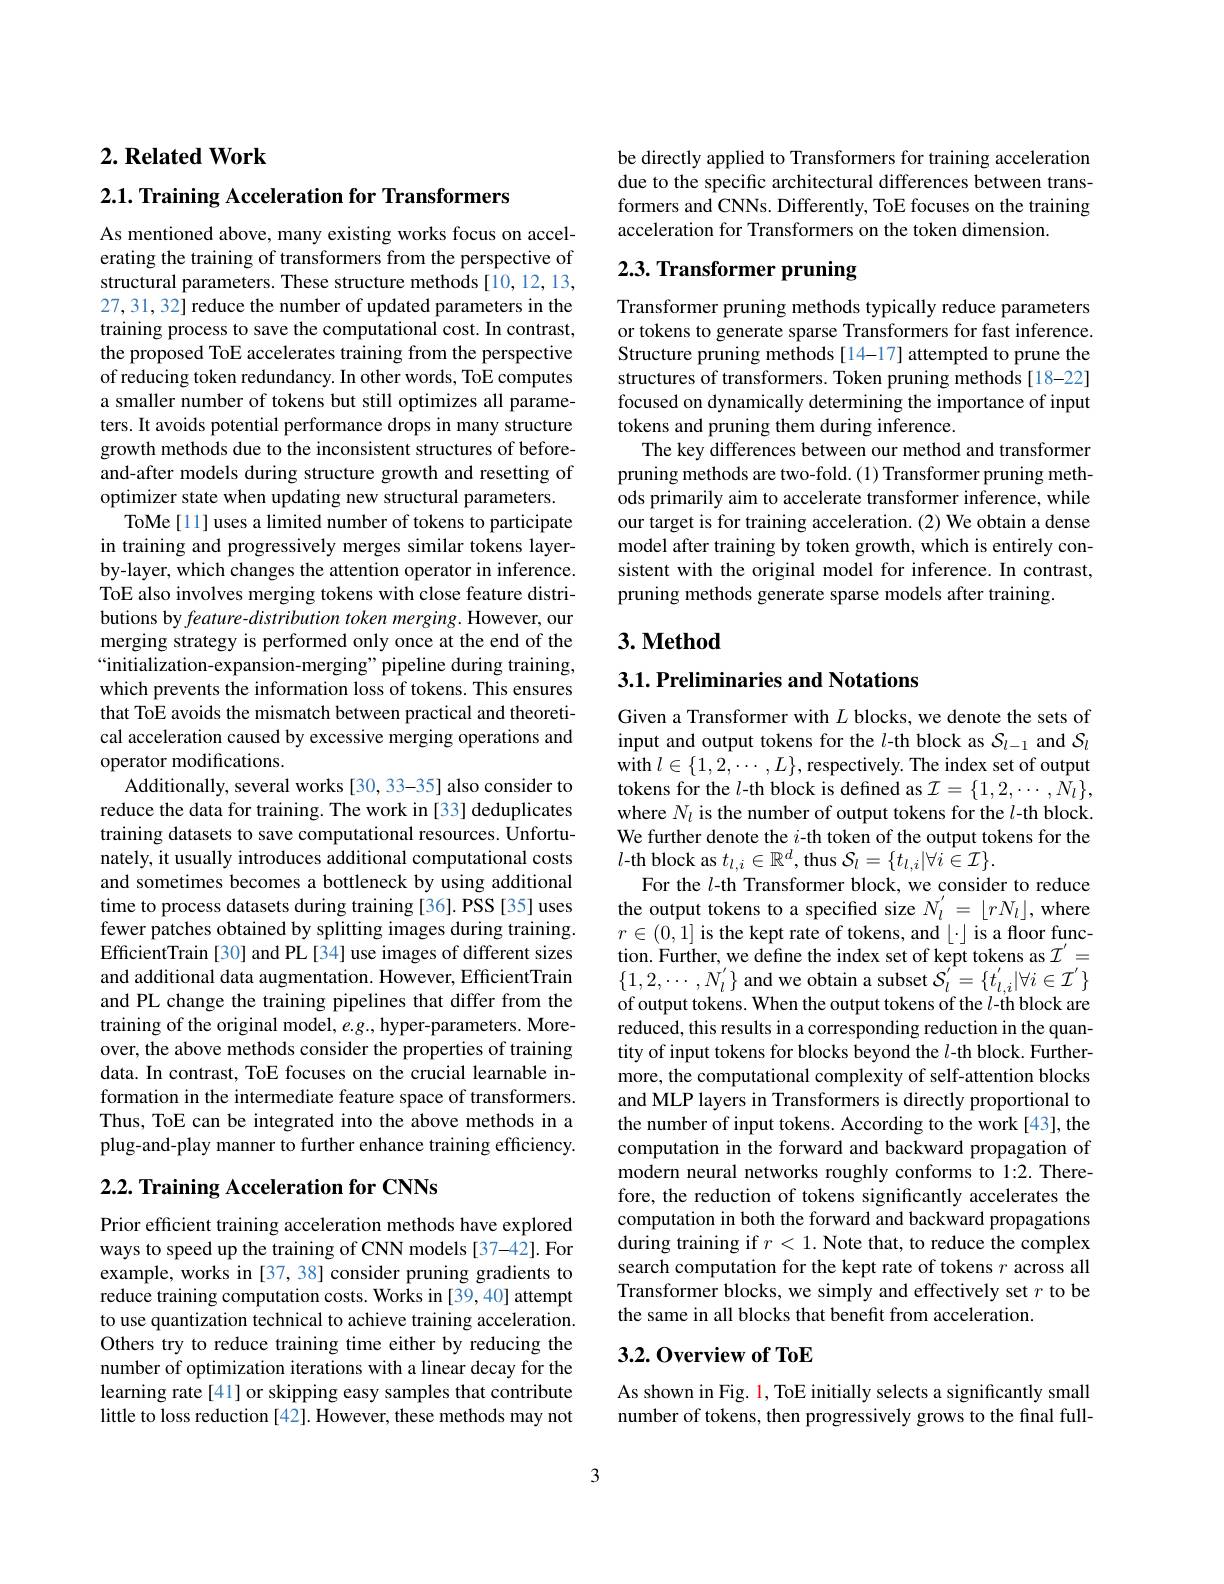
## $2. \textbf{ Related Work}$

$2. 1. \textbf{ Training Acceleration for Transformers}$

As mentioned above, many existing works focus on accelerating the training of transformers from the perspective of structural parameters. These structure methods [10,12,13, 27,31, 32] reduce the number of updated parameters in the training process to save the computational cost. In contrast, the proposed ToE accelerates training from the perspective of reducing token redundancy. In other words, ToE computes a smaller number of tokens but still optimizes all parameters. It avoids potential performance drops in many structure growth methods due to the inconsistent structures of beforeand-after models during structure growth and resetting of optimizer state when updating new structural parameters.
ToMe [11] uses a limited number of tokens to participate in training and progressively merges similar tokens layerby-layer, which changes the attention operator in inference. ToE also involves merging tokens with close feature distributions by feature-distribution token merging. However, our merging strategy is performed only once at the end of the “initialization-expansion-merging” pipeline during training, which prevents the information loss of tokens. This ensures that ToE avoids the mismatch between practical and theoretical acceleration caused by excessive merging operations and operator modifications.
Additionally, several works[30, 33-35] also consider to reduce the data for training. The work in [33] deduplicates training datasets to save computational resources. Ûnfortunately, it usually introduces additional computational costs and sometimes becomes a bottleneck by using additional time to process datasets during training [36]. PSS [35] uses fewer patches obtained by splitting images during training. EfficientTrain [30] and PL [34] use images of different sizes and additional data augmentation. However, EfficientTrain and PL change the training pipelines that differ from the training of the original model, $e.g.$, hyper-parameters. Moreover, the above methods consider the properties of training data. In contrast, ToE focuses on the crucial learnable information in the intermediate feature space of transformers. Thus, ToE can be integrated into the above methods in a plug-and-play manner to further enhance training efficiency. $2. 2. \textbf{ Training Acceleration for CNNs}$

Prior efficient training acceleration methods have explored ways to speed up the training of CNN models [37-42]. For example, works in [37, 38] consider pruning gradients to reduce training computation costs. Works in [39,40] attempt to use quantization technical to achieve training acceleration. Others try to reduce training time either by reducing the number of optimization iterations with a linear decay for the learning rate [41] or skipping easy samples that contribute little to loss reduction [42]. However, these methods may not

be directly applied to Transformers for training acceleration due to the specific architectural differences between transformers and CNNs. Differently, ToE focuses on the training acceleration for Transformers on the token dimension.

# 2.3. Transformer pruning

Transformer pruning methods typically reduce parameters or tokens to generate sparse Transformers for fast inference. Structure pruning methods[14-17] attempted to prune the structures of transformers. Token pruning methods[18-22] focused on dynamically determining the importance of input tokens and pruning them during inference.
The key differences between our method and transformer pruning methods are two-fold. (1) Transformer pruning methods primarily aim to accelerate transformer inference, while our target is for training acceleration. (2) We obtain a dense model after training by token growth, which is entirely consistent with the original model for inference. In contrast, pruning methods generate sparse models after training.

## $3. \textbf{Method}$

## 3.1. Preliminaries and Notations

Given a Transformer with $L$ blocks, we denote the sets of input and output tokens for the $l$-th block as $S_l-1$ and $S_l$ with $l\in\{1,2,\cdots,L\}$,respectively.The index set of output tokens for the $l$-th block is defined as $\mathcal{I}=\{1,2,\cdots,N_l\}$, where $N_l$ is the number of output tokens for the $l$-th block. We further denote the $i$-th token of the output tokens for the $l$-th block as $t_l,i\in\mathbb{R}^d$, thus $\mathcal{S}_l=\{t_l,i|\forall i\in\mathcal{I}\}.$
For the $l$-th Transformer block, we consider to reduce the output tokens to a specified size $N_l^{\prime}=\lfloor rN_l\rfloor$,where $r\in(0,1]$is the kept rate of tokens, and$\lfloor\cdot\rfloor$ is a floor function. Further, we define the index set of kept tokens as $\mathcal{I}^{\prime}=$ $\{1,2,\cdots,N_{l}^{\prime}\}$ and we obtain a subset $\mathcal{S}_l^{\prime}=\{t_l,i^{\prime}|\forall i\in\mathcal{I}^{\prime}\}$ of output tokens. When the output tokens of the $l$-th block are reduced, this results in a corresponding reduction in the quantity of input tokens for blocks beyond the $l$-th block. Furthermore, the computational complexity of self-attention blocks and MLP layers in Transformers is directly proportional to the number of input tokens. According to the work [43], the computation in the forward and backward propagation of modern neural networks roughly conforms to 1:2. Therefore, the reduction of tokens significantly accelerates the computation in both the forward and backward propagations during training if $r<1.$ Note that, to reduce the complex search computation for the kept rate of tokens $r$ across all Transformer blocks, we simply and effectively set $r$ to be the same in all blocks that benefit from acceleration.

## 3.2. Overview of ToE

As shown in Fig. 1, ToE initially selects a significantly small number of tokens, then progressively grows to the final full-

3